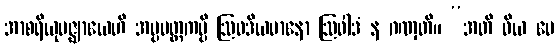
အာစရိယုပဇ္ဈာယေဟိ အပ္ပမတ္တကမ္ပိ ဩဝဒိယမာနော ဩဝါဒံ န ဂဏှတိ။ “အတိ ဝိယ မေ